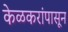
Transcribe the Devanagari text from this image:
केळकरांपासून